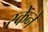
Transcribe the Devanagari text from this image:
स्केने